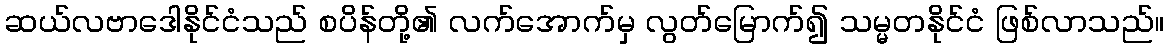
ဆယ်လဗာဒေါနိုင်ငံသည် စပိန်တို့၏ လက်အောက်မှ လွတ်မြောက်၍ သမ္မတနိုင်ငံ ဖြစ်လာသည်။